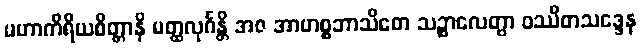
မဟာကိရိယစိတ္တာနိ မတ္ထလုင်္ဂန္တိ အဇ အာဟစ္စဘာသိတေ သဉ္စာလေတွာ ဝဿိတသဒ္ဒေန